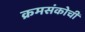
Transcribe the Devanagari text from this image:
क्रमसंकोची